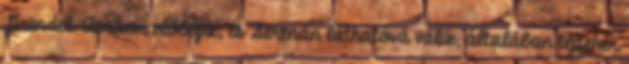
Grendel. Amikor előbújik, és Serenán láthatóvá válik, általában tejfehér